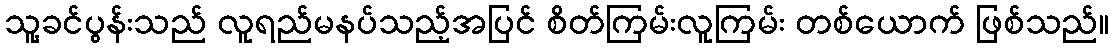
သူ့ခင်ပွန်းသည် လူရည်မနပ်သည့်အပြင် စိတ်ကြမ်းလူကြမ်း တစ်ယောက် ဖြစ်သည်။